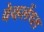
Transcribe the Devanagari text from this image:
वेव्हलेंथ्स